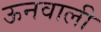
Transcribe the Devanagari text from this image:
ऊनवाली